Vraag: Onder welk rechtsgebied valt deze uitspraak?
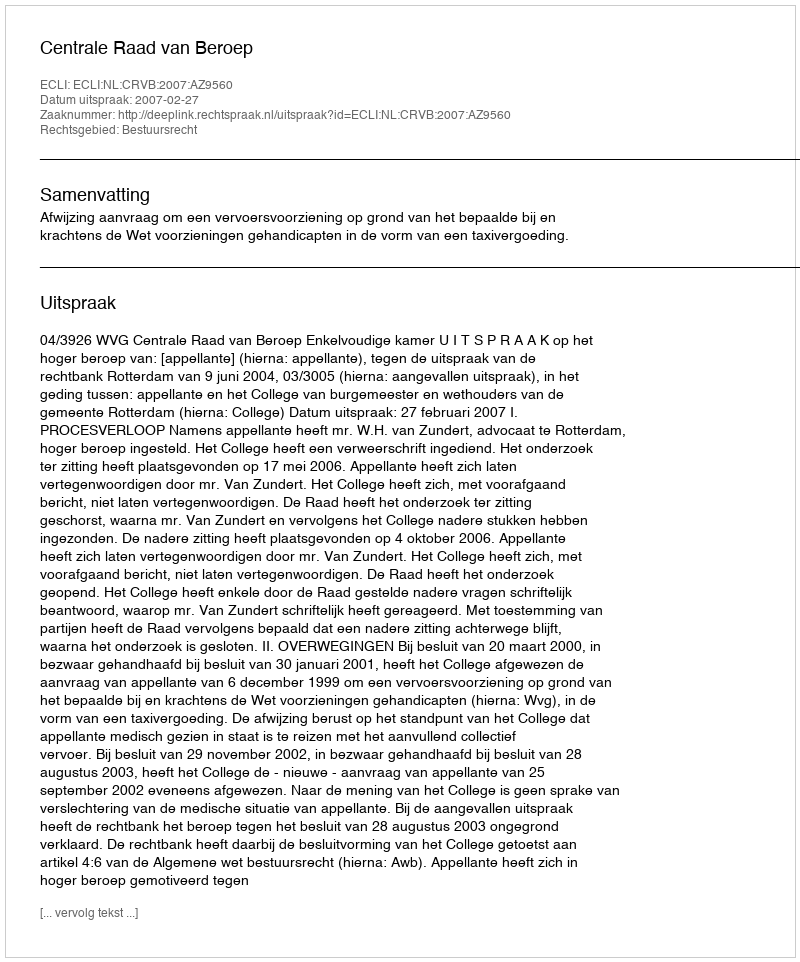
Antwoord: Bestuursrecht